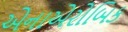
એનાએરોબિક